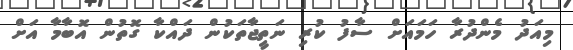
މިއަދު މެންދުރާ ހަމައަށް ސާފު ކުރި ނަތީޖާތަކުން ދައްކާ ގޮތުން އޮބާމާ އަށް